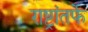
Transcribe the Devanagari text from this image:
राष्ट्रांतर्फे